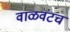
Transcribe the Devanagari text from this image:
वाळवंटच